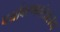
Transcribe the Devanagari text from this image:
पर्यावरणमंत्रालय